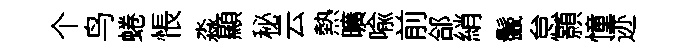
个鸟蜷悵淼顯秘云熱曠喩前郃綃鬛怠顥憧迹